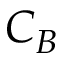
C _ { B }